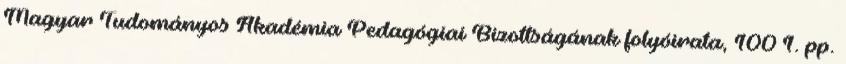
Magyar Tudományos Akadémia Pedagógiai Bizottságának folyóirata, 100 1. pp.